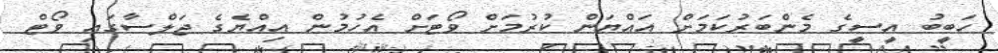
ހަބީބު އީސީގެ މެންބަރުކަމަަށް އައްޔަން ކުރުމަށް ވޯޓަށް އެހުމުން އިއްޔެގެ ޖަލްސާގައި ވޯޓް